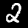
Label: 2